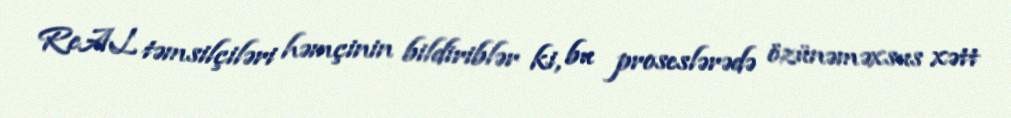
ReAL təmsilçiləri həmçinin bildiriblər ki, bu proseslərədə özünəməxsus xətt